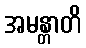
အမန္တာတိ